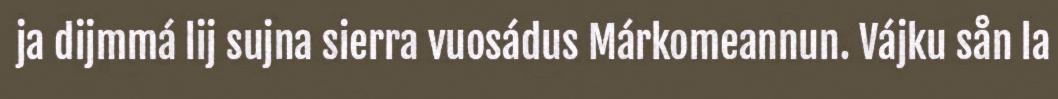
ja dijmmá lij sujna sierra vuosádus Márkomeannun. Vájku sån la